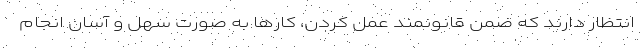
انتظار دارند که ضمن قانونمند عمل کردن، کارها به صورت سهل و آسان انجام